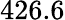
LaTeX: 426.6